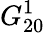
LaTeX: G_{20}^{1}